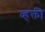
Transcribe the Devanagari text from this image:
व्हक्ती